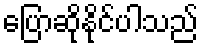
ပြောဆိုနိုင်ပါသည်